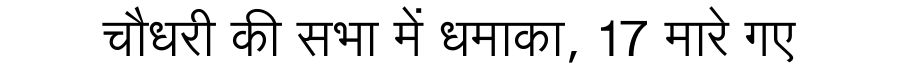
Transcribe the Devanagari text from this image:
चौधरी की सभा में धमाका, 17 मारे गए